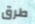
طرق